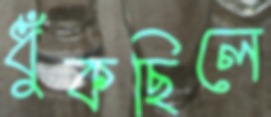
ধুঁকছিলে